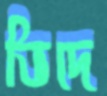
ভিদে